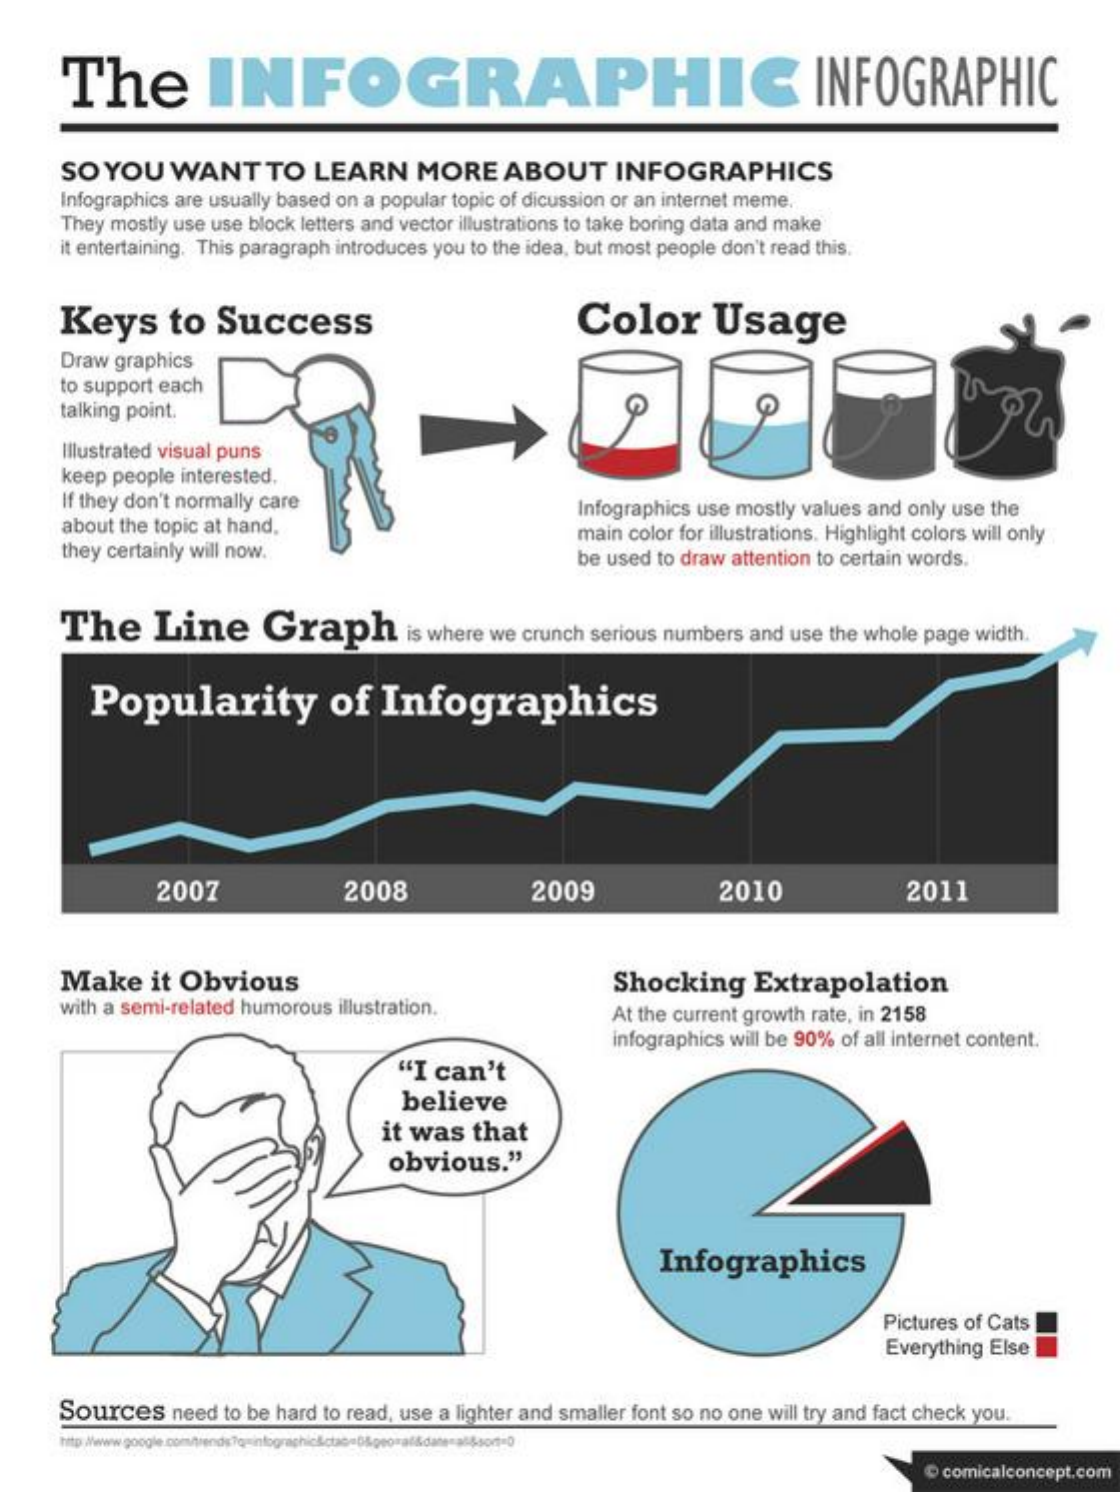
The    INFOGRAPHIC    INFOGRAPHIC
     SO YOU   WANT    TO  LEARN    MORE   ABOUT    INFOGRAPHICS
     Infographics are usually based on a popular topic of dicussion or an internet meme.
     They mostly use use block letters and vector illustrations to take boring data and make
     it entertaining. This paragraph introduces you to the idea, but most people don't read this.
     Keys    to  Success    Color    Usage
     Draw graphics
     to support each
     talking point.
     Illustrated visual puns
     keep people interested,
     If they don't normally care
     about the topic at hand.
     Infographics use mostly values and only use the
     they certainly will now.
     main color for illustrations. Highlight colors will only
     be used to draw attention to certain words.
     The    Line    Graph    is where we crunch serious numbers and use the whole page width.
     Popularity    of  Infographics
     2007    2008    2009    2010    2011
     Make    it Obvious    Shocking   Extrapolation
     with a semi-related humorous illustration.    At the current growth rate, in 2158
     infographics will be 90% of all internet content.
     "I can't
     believe
     it was that
     obvious."
     Infographics
     Pictures of Cats
     Everything Else
     Sources   need to be hard to read, use a lighter and smaller font so no one will try and fact check you.
     O comicalconcept.com